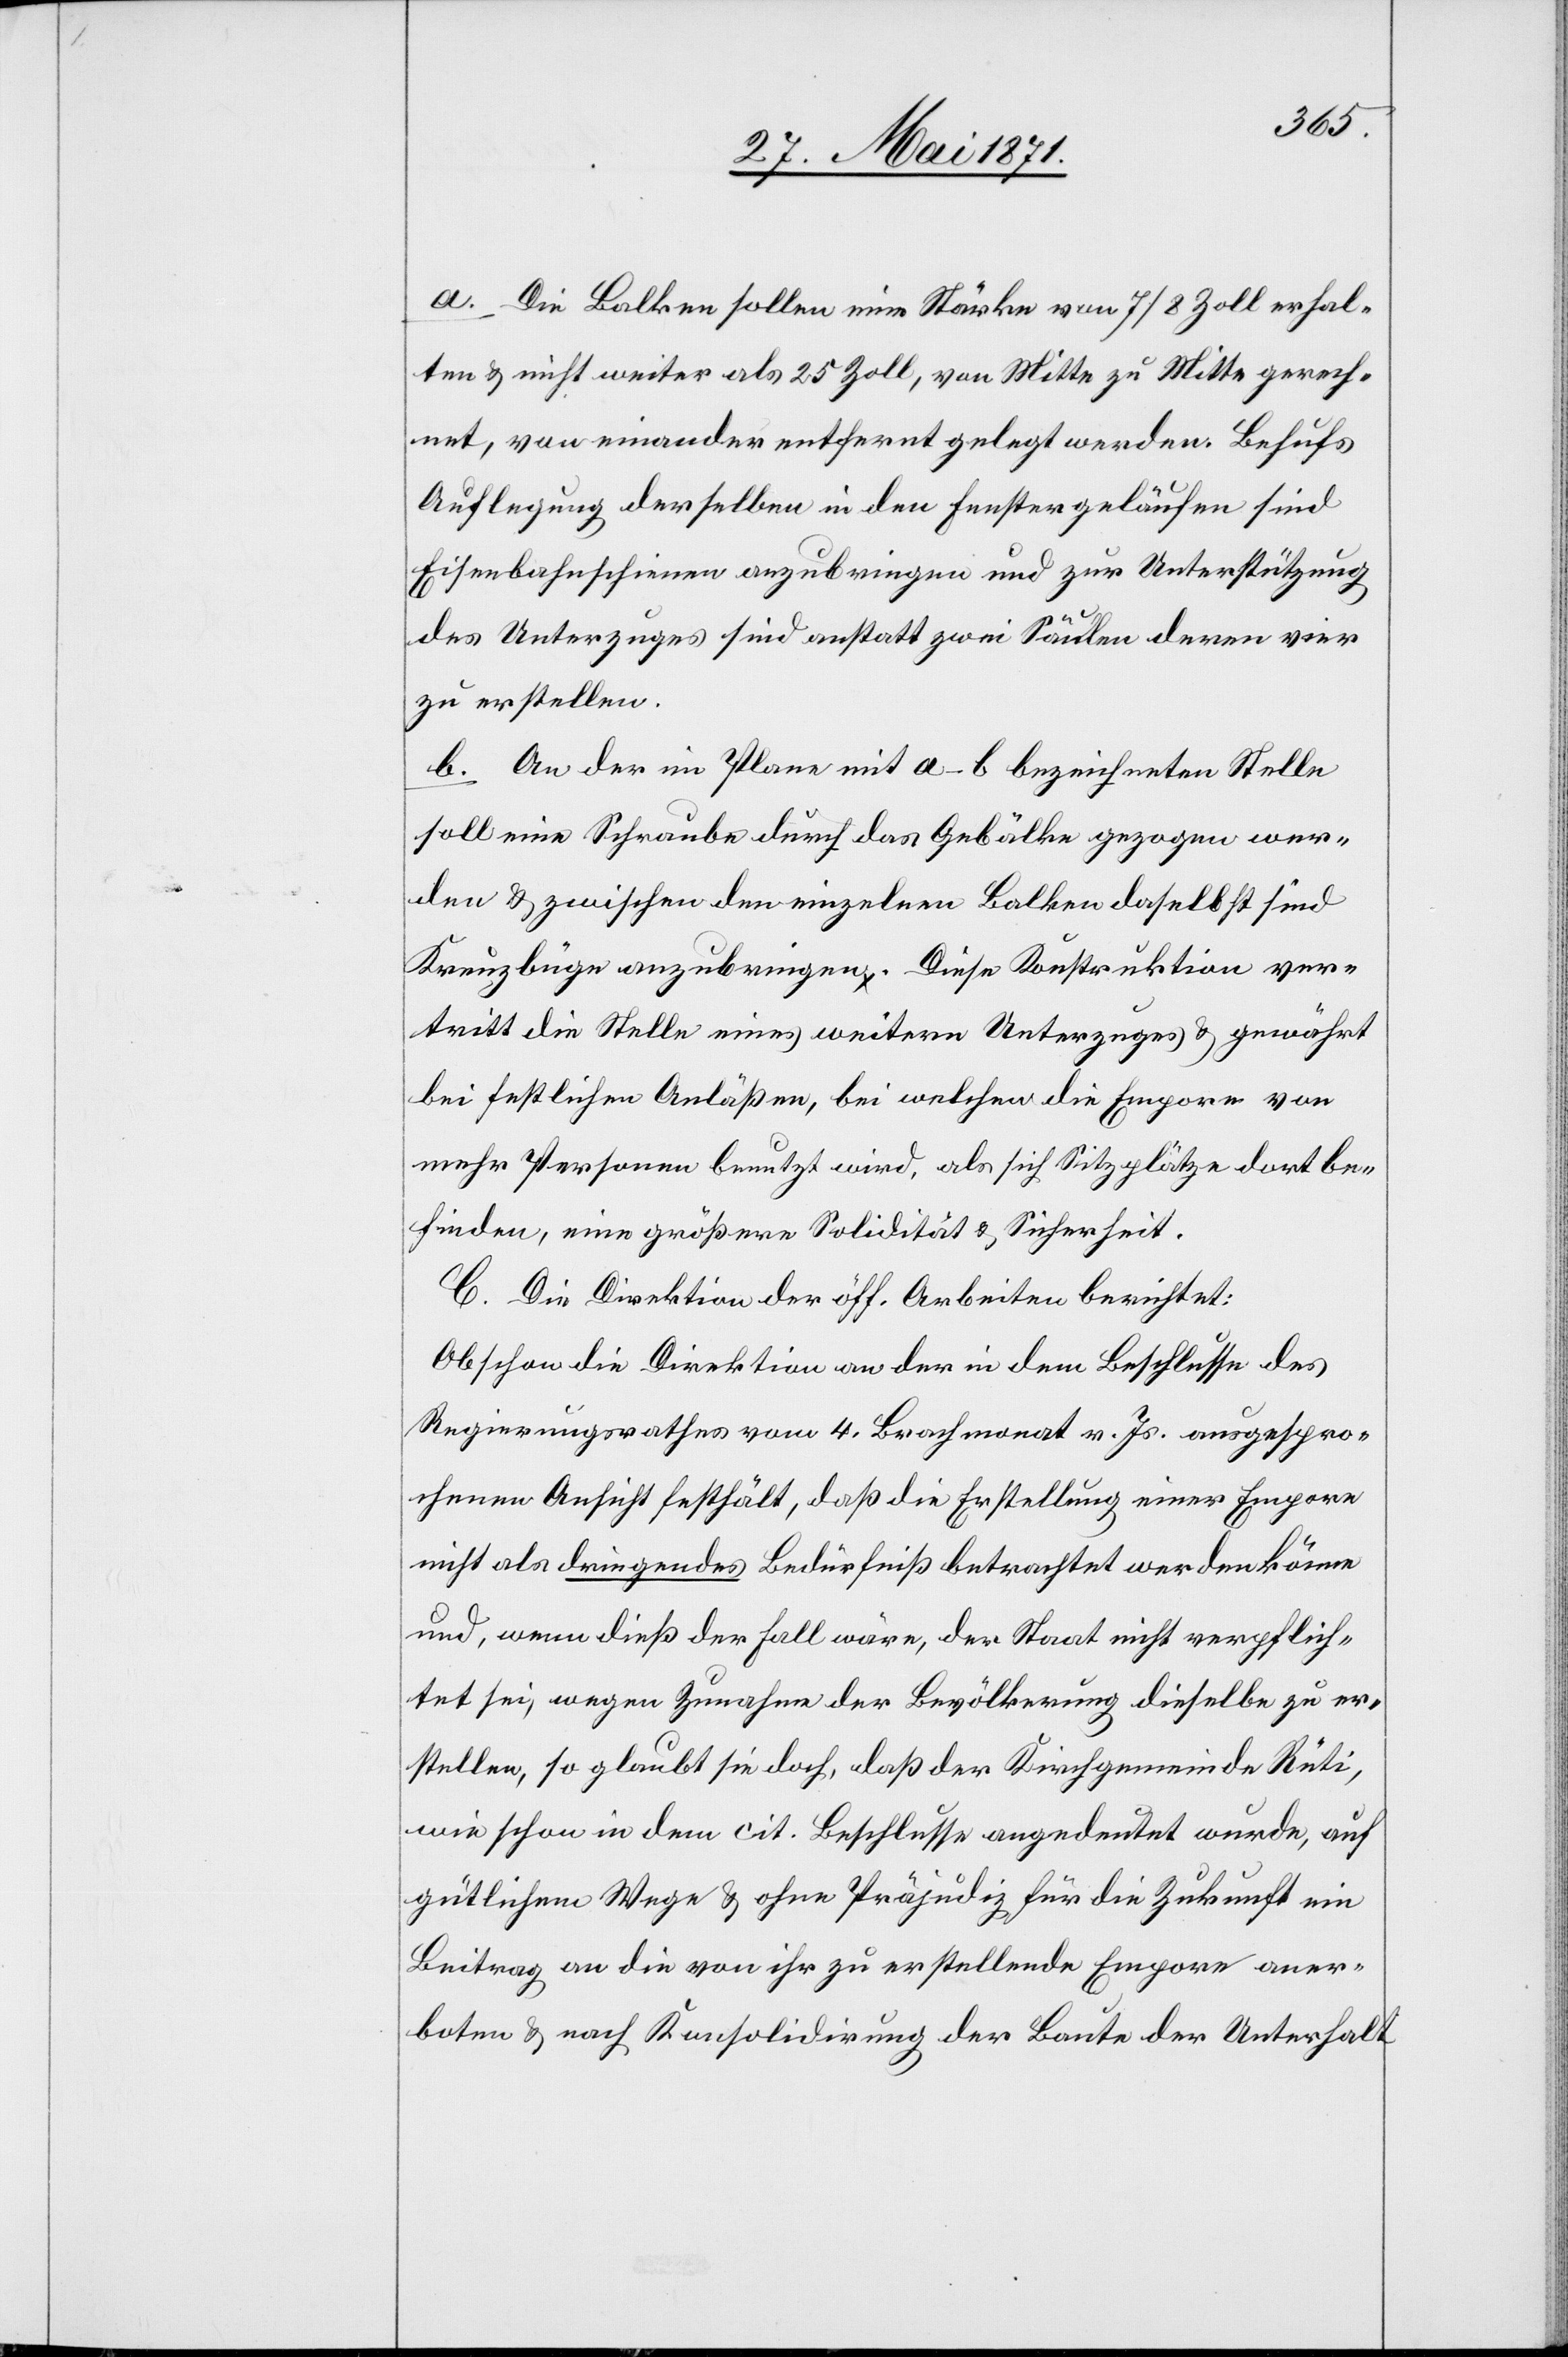
a. Die Balken sollen eine Stärke von 7/8 Zoll erhal¬
ten u. nicht weiter als 25 Zoll, von Mitte zu Mitte gerech¬
net, von einander entfernt gelegt werden. Behufs
Auflegung derselben in den Fenstergeläufen sind
Eisenbahnschienen anzubringen und zur Unterstützung
des Unterzuges sind anstatt zwei Säulen deren vier
zu erstellen.
b. An der im Plane mit a–b bezeichneten Stelle
soll eine Schraube durch das Gebälke gezogen wer¬
den u. zwischen den einzelnen Balken daselbst sind
Kreuzbüge anzubringen. Diese Konstruktion ver¬
tritt die Stelle eines weitern Unterzuges u. gewährt
bei festlichen Anläßen, bei welchen die Empore von
mehr Personen benutzt wird, als sich Sitzplätze dort be¬
finden, eine größere Solidität u. Sicherheit.
C. Die Direktion der öff. Arbeiten berichtet:
Obschon die Direktion an der in dem Beschlusse des
Regierungsrathes vom 4. Brachmonat v. Js. ausgespro¬
chenen Ansicht festhält, daß die Erstellung einer Empore
nicht als dringendes Bedürfniß betrachtet werden könne
und, wenn dieß der Fall wäre, der Staat nicht verpflich¬
tet sei, wegen Zunahme der Bevölkerung dieselbe zu er¬
stellen, so glaubt sie doch, daß der Kirchgemeine Rüti,
wie schon in dem cit. Beschlusse angedeutet wurde, auf
gütlichem Wege u. ohne Präjudiz für die Zukunft ein
Beitrag an die von ihr zu erstellende Empore aner¬
boten u. nach Konsolidirung der Baute der Unterhalt